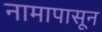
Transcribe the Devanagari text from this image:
नामापासून